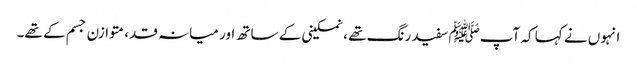
انہوں نے کہا کہ آپﷺ سفید رنگ تھے ، نمکینی کے ساتھ اور میانہ قد، متوازن جسم کے تھے۔